Report of the Bombay Veterinary College
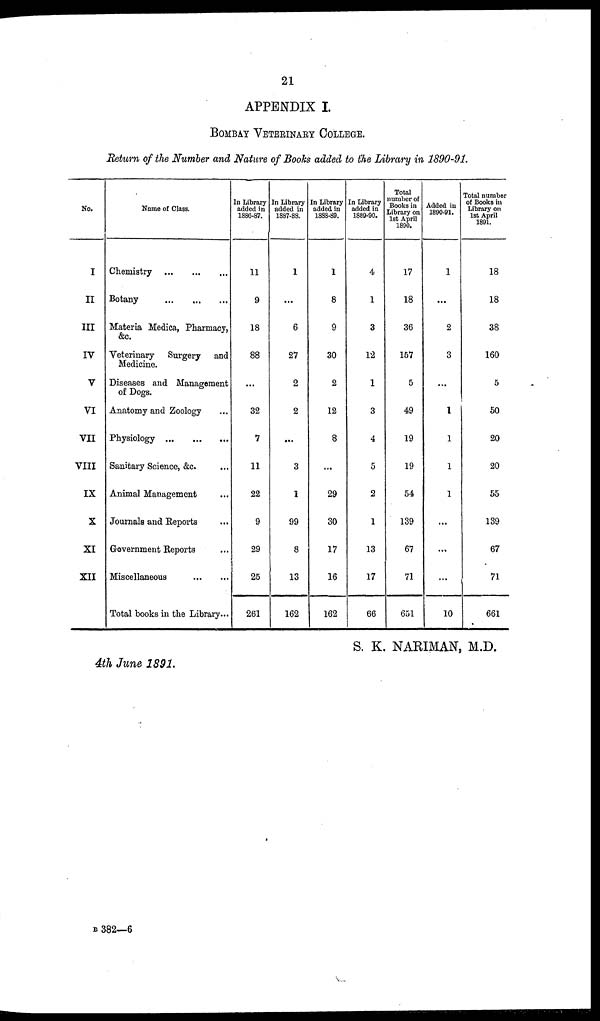
21
APPENDIX I.
BOMBAY VETERINARY COLLEGE.
Return of the Number and Nature of Books added to the Library in 1890-91.
No.
I
II
III
IV
V
VI
VII
VIII
IX
X
XI
XII
Name of Class.
Chemistry
...
...
...
Botany
...
...
...
Materia Medica, Pharmacy,
&c.
Veterinary Surgery and
Medicine.
Diseases and Management
of Dogs.
Anatomy and Zoology ...
Physiology
...
...
...
Sanitary Science, &c. ...
Animal Management ...
Journals and Reports ...
Government Reports ...
Miscellaneous
...
...
Total books in the Library...
In Library
added in
1886-87.
11
9
18
88
...
32
7
11
22
9
29
25
261
In Library
added in
1887-88.
1
...
6
27
2
2
...
3
1
99
8
13
162
In Library
added in
1888-89.
1
8
9
30
2
12
8
...
29
30
17
16
162
In Library
added in
1889-90.
4
1
3
12
1
3
4
5
2
1
13
17
66
Total
number of
Books in
Library on
1st April
1890.
17
18
36
157
5
49
19
19
54
139
67
71
651
Added in
1890-91.
1
...
2
3
...
1
1
1
1
...
...
...
10
Total number
of Books in
Library on
1st April
1891.
18
18
38
160
5
50
20
20
55
139
67
71
661
S. K. NARIMAN, M.D.
4th June 1891.
B 382—6